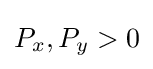
P_{x},P_{y}>0